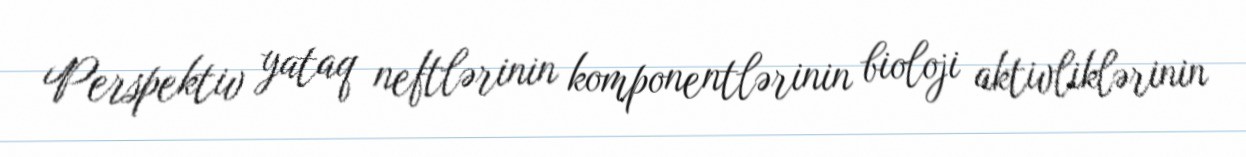
Perspektiv yataq neftlərinin komponentlərinin bioloji aktivliklərinin